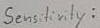
Text: Sensitivity